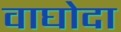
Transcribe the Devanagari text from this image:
वाघोदा